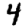
Digit: 4